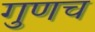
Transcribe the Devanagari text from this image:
गुणच